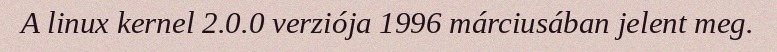
A linux kernel 2.0.0 verziója 1996 márciusában jelent meg.